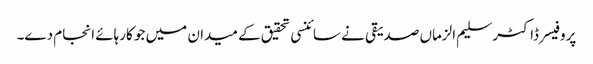
پروفیسر ڈاکٹر سلیم الزماں صدیقی نے سائنسی تحقیق کے میدان میں جو کارہائے انجام دے۔